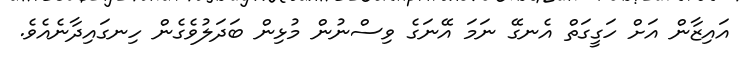
އައިޒާން އަށް ހަގީގަތް އެނގޭ ނަމަ އޭނަގެ ވިސްނުން މުޅިން ބަދަލުވެގެން ހިނގައިދާނެއެވެ.